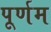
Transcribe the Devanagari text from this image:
पूर्णम